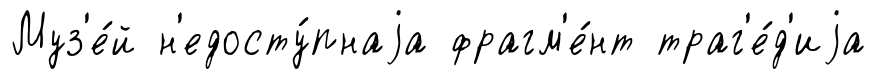
Муз'е́й н'едосту́пнаjа фрагм'е́нт траг'е́д'иjа